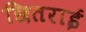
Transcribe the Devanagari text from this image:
छितराई